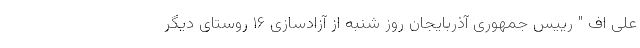
علی اف " رییس جمهوری آذربایجان روز شنبه از آزادسازی ۱۶ روستای دیگر